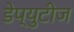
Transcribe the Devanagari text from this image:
डेप्युटीज